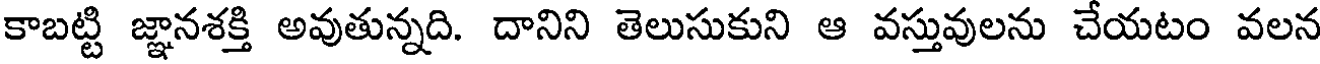
కాబట్టి జ్ఞానశక్తి అవుతున్నది. దానిని తెలుసుకుని ఆ వస్తువులను చేయటం వలన